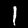
Label: 1